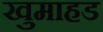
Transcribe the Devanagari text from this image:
खुमाहड